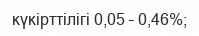
күкірттілігі 0,05 – 0,46%;